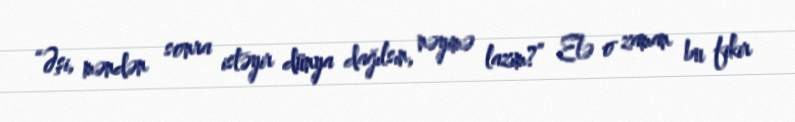
“Əşi, məndən sonra istəyir dünya dağılsın, nəyimə lazım?” Elə o zaman bu fikir